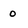
Character: o